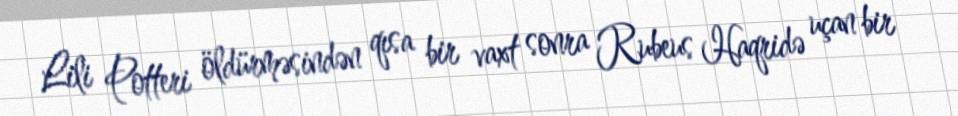
Lili Potteri öldürməsindən qısa bir vaxt sonra Rubeus Haqridə uçan bir